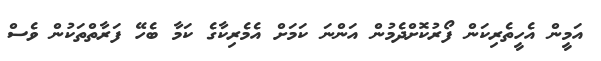
އަމީން އެހީތެރިކަން ފޯރުކޮށްދެމުން އަންނަ ކަމަށް އެމެރިކާގެ ކަމާ ބެހޭ ފަރާތްތަކުން ވެސް